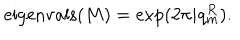
\mathrm { e i g e n v a l s } ( M ) = \exp ( 2 \pi i q _ { m } ^ { R } ) .